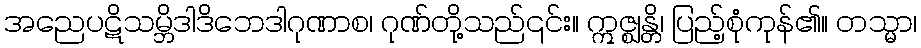
အညေပဋိသမ္ဘိဒါဒိဘေဒါဂုဏာစ၊ ဂုဏ်တို့သည်၎င်း။ ဣဇ္ဈန္တိ၊ ပြည့်စုံကုန်၏။ တသ္မာ၊